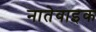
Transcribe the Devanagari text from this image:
नातेवाइक